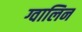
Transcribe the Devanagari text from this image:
ग्वालिन